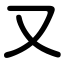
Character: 又